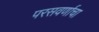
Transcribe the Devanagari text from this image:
परसवर्णाचा